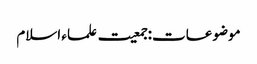
موضوعات:جمعیت علماء اسلام